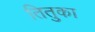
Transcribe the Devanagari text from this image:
तितुका